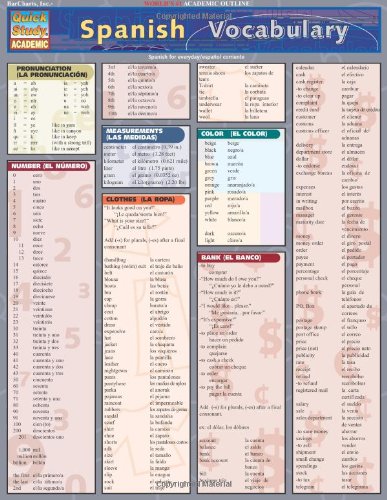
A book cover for Spanish Vocabulary (Quickstudy: Academic); Inc. BarCharts; Reference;